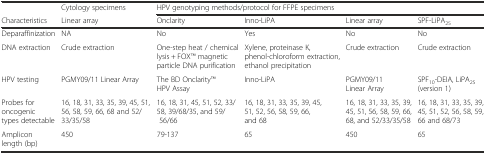
<table><thead><tr><td></td><td><b>Cytology specimens</b></td><td colspan="4"><b>HPV genotyping methods/protocol for FFPE specimens</b></td></tr><tr><td><b>Characteristics</b></td><td><b>Linear array</b></td><td><b>Onclarity</b></td><td><b>Inno-LiPA</b></td><td><b>Linear array</b></td><td><b>SPF-LiPA<sub>25</sub></b></td></tr></thead><tbody><tr><td>Deparaffinization</td><td>NA</td><td>No</td><td>Yes</td><td>No</td><td>No</td></tr><tr><td>DNA extraction</td><td>Crude extraction</td><td>One-step heat / chemical lysis + FOXTM magnetic particle DNA purification</td><td>Xylene, proteinase K, phenol-chloroform extraction, ethanol precipitation</td><td>Crude extraction</td><td>Crude extraction</td></tr><tr><td>HPV testing</td><td>PGMY09/11 Linear Array</td><td>The BD OnclarityTMHPV Assay</td><td>Inno-LiPA</td><td>PGMY09/11 Linear Array</td><td>SPF<sub>10</sub>-DEIA, LiPA<sub>25</sub>(version 1)</td></tr><tr><td>Probes for oncogenic types detectable</td><td>16, 18, 31, 33, 35, 39, 45, 51, 56, 58, 59, 66, 68 and 52/33/35/58</td><td>16, 18, 31, 45, 51, 52, 33/58, 39/68/35, and 59/ 56/66</td><td>16, 18, 31, 33, 35, 39, 45, 51, 52, 56, 58, 59, 66, and 68</td><td>16, 18, 31, 33, 35, 39, 45, 51, 56, 58, 59, 66, 68, and 52/33/35/58</td><td>16, 18, 31, 33, 35, 39, 45, 51, 52, 56, 58, 59, 66 and 68/73</td></tr><tr><td>Amplicon length (bp)</td><td>450</td><td>79-137</td><td>65</td><td>450</td><td>65</td></tr></tbody></table>